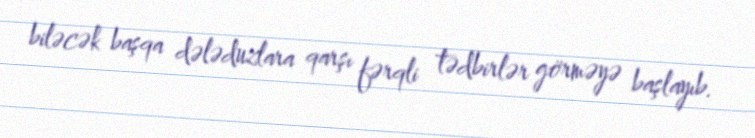
biləcək başqa dələduzlara qarşı fərqli tədbirlər görməyə başlayıb.